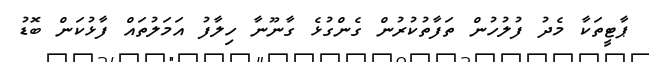
ޕާޓީތަކާ މެދު ފުލުހުން ތަފާތުކުރުން ގެންގުޅެ ގާނޫނާ ހިލާފު އަމަލުތައް ފާޅުކަން ބޮޑު